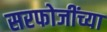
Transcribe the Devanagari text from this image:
सरफोजींच्या